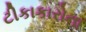
ટીકાકારોના